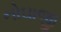
નોઘાજી